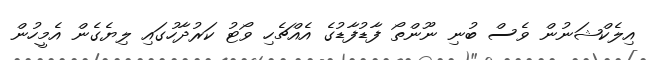
އިލެކްޝަނުން ވެސް ބުނި ނޫންތޯ ފާޑުފާޑުގެ އެއްޗެހި ވޯޓު ކަރުދާހުގައި ލިޔެގެން އެމީހުން